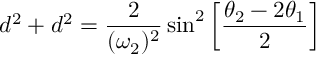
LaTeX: d ^ { 2 } + d ^ { 2 } = { \frac { 2 } { ( \omega _ { 2 } ) ^ { 2 } } } \sin ^ { 2 } \left[ { \frac { \theta _ { 2 } - 2 \theta _ { 1 } } { 2 } } \right]